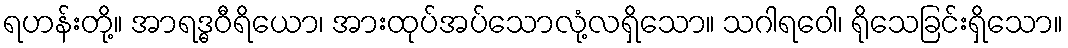
ရဟန်းတို့။ အာရဒ္ဓဝီရိယော၊ အားထုပ်အပ်သောလုံ့လရှိသော။ သဂါရဝေါ၊ ရိုသေခြင်းရှိသော။